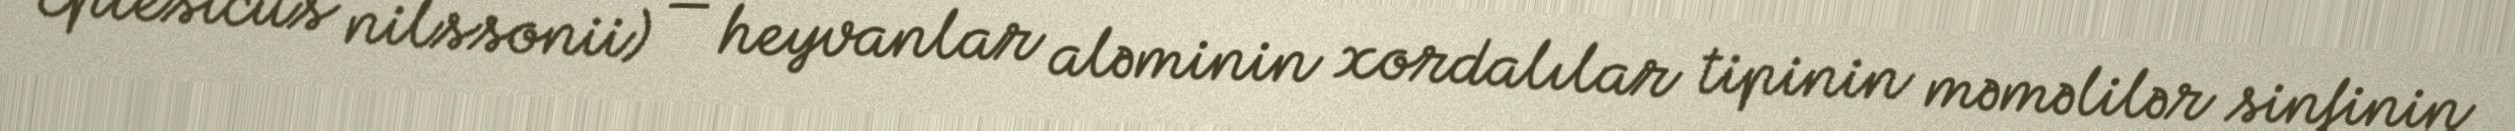
Eptesicus nilssonii) — heyvanlar aləminin xordalılar tipinin məməlilər sinfinin